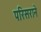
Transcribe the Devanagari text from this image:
परिसराने